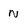
Character: N